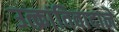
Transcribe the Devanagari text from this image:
उत्क्रांतिवादाने